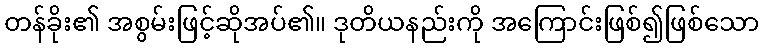
တန်ခိုး၏ အစွမ်းဖြင့်ဆိုအပ်၏။ ဒုတိယနည်းကို အကြောင်းဖြစ်၍ဖြစ်သော